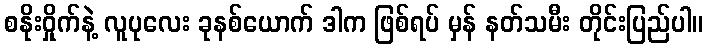
စနိုးဝှိုက်နဲ့ လူပုလေး ခုနစ်ယောက် ဒါက ဖြစ်ရပ် မှန် နတ်သမီး တိုင်းပြည်ပါ။